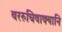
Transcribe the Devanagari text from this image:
वररुचिवाक्यानि